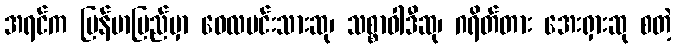
အရင်က မြန်မာပြည်မှာ ဝေလမင်းသားဆု၊ သစ္စာဝါဒီဆု၊ ဂရိတ်တား အေးရှားဆု စတဲ့